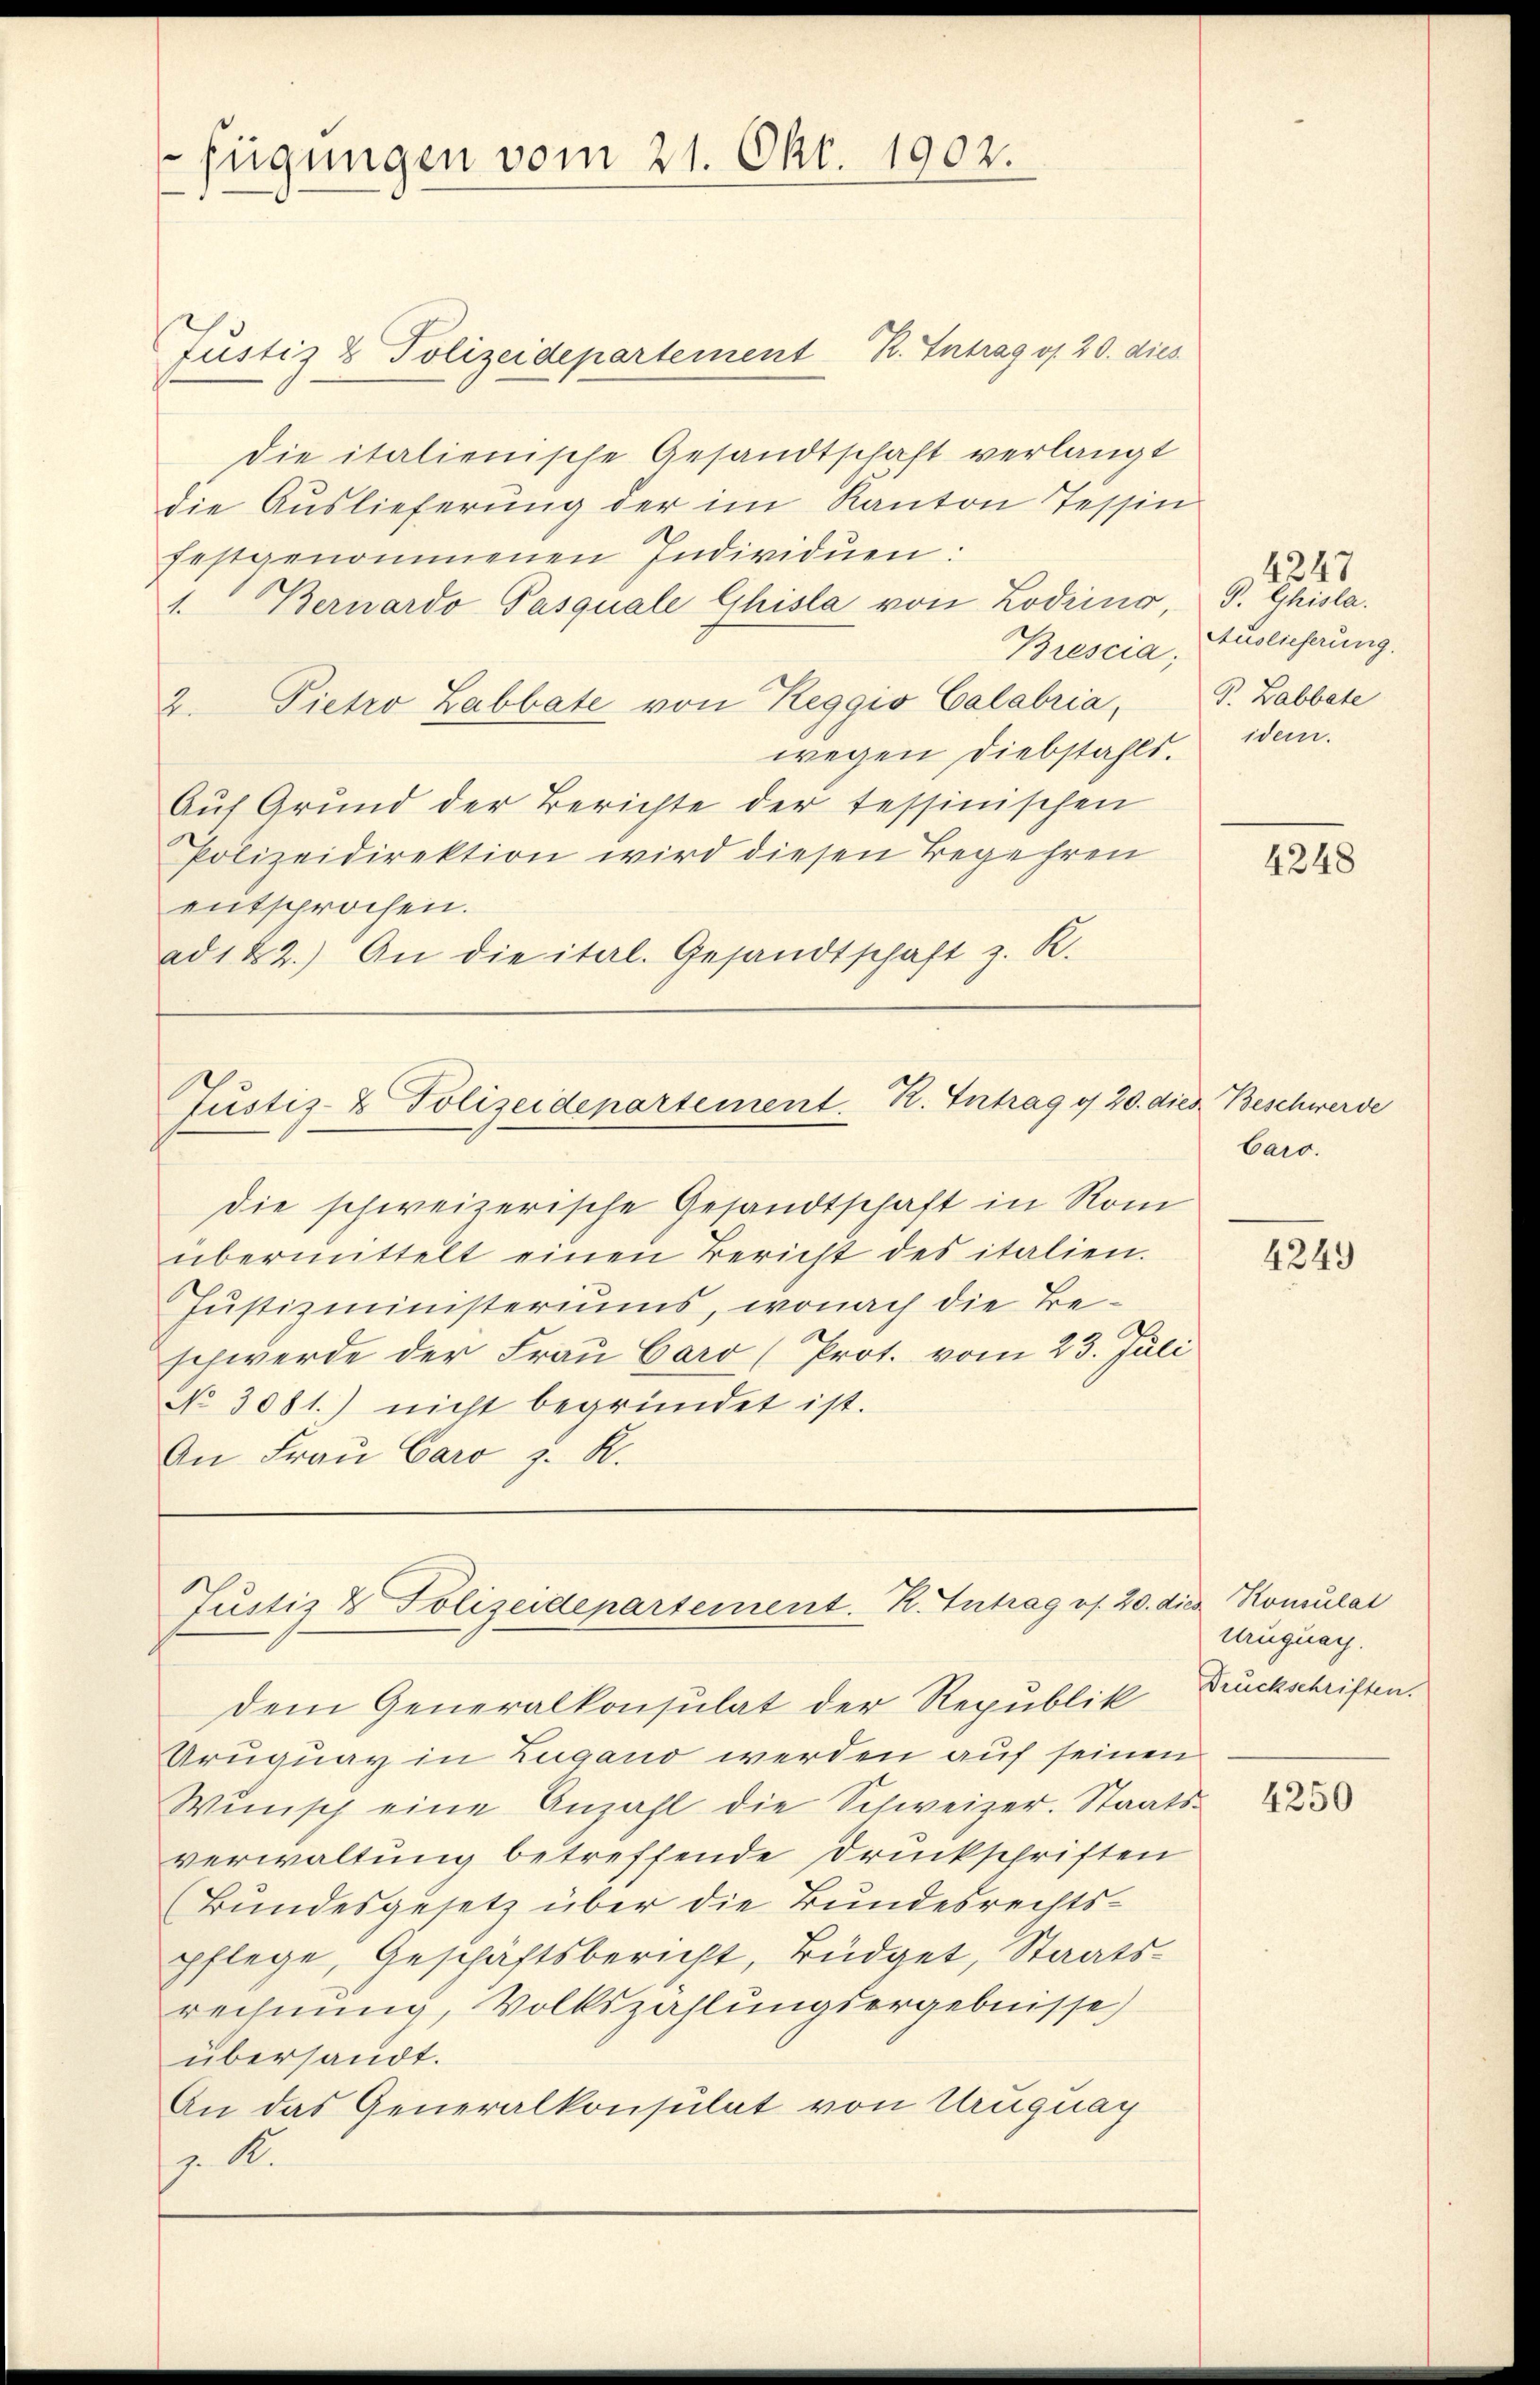
fügungen vom 21. Okt. 1902.

Justiz & Polizeidepartement R. Intrag v. 20. dies
die italienische Gesandtschaft verlangt
die Auslieferung der im Kanton Tessin
festgenommenen Individuen:
1. Bernardo Pasquale Ghisla von Lodiens,
Brescia;
2. Pietro Labbate von Reggio Calabria,
wegen Diebstahls.
Auf Grund der Berichte der tessinischen
Polizeidirektion wird diesen Begehren
entsprochen.
ad 122.) An die ital. Gesandtschaft z. R.

Justiz- & Polizeidepartement. R. Intrag g 20. die Beschwerde

die schweizerische Gesandtschaft in Rom
übermittelt einen Bericht des italien.
Justizministeriums, wonach die Beschwerde der Frau Caro (Prot. vom 23. Juli
No 3081.) nicht begründet ist.
An Frau Caro z. K.

Aruquay in Zugano werden auf seinen
Wŭnsch eine Anzahl die Schweizer. Staatsverwaltung betreffende Druckschriften
(Bundesgesetz über die Bundesrechtspflege, Geschäftsbericht, Büdget, Staatsrechnung, Volkszählungsergebnisse)
übersandt.
An das Generalkonsulat von Uruguay
z. R.

Justiz & Polizeidepartement. R. Intrag os. 20. dies Konsulat
dem Generalkonsulat der Republik

P. Ghisla.
Auslieferung.
P. Labbete
idem.

baro.

4247

4248

4249

Urugung.
Druckschriften.

4250